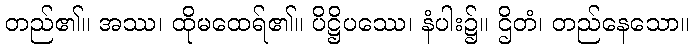
တည်၏။ အဿ၊ ထိုမထေရ်၏။ ပိဋ္ဌိပဿေ၊ နံပါး၌။ ဌိတံ၊ တည်နေသော။